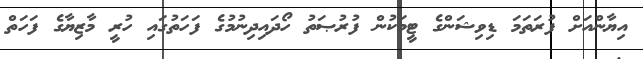
އިޔާންއަށް ފުރަތަމަ ޑިވިޝަންގެ ޓީމަކުން ފުރުޞަތު ހޯދައިދިނުމުގެ ފަހަތުގައި ހުރީ މާޒިޔާގެ ފަހަތް